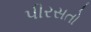
પીરસતો